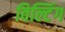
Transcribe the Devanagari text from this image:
विल्टिंग